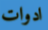
ادوات